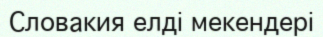
Словакия елді мекендері